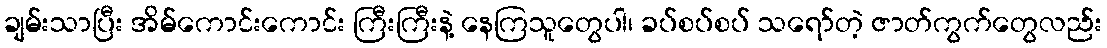
ချမ်းသာပြီး အိမ်ကောင်းကောင်း ကြီးကြီးနဲ့ နေကြသူတွေပါ၊ ခပ်စပ်စပ် သရော်တဲ့ ဇာတ်ကွက်တွေလည်း